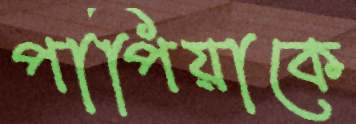
পাপিয়াকে